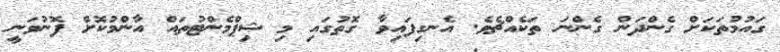
ގައުމުތަކަށް ގެންދަން ގެންނަ ތަކެއްޗެވެ. އެނގިފައިވާ ގޮތުގައި މި ޝިޕްމެންޓުތައް އާންމުކޮށް ފޮނުވަނީ